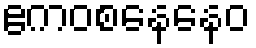
ဧကဝစနေနေဝ